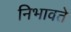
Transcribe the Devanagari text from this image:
निभावते